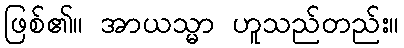
ဖြစ်၏။ အာယသ္မာ ဟူသည်တည်း။